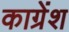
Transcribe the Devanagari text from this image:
काग्रेंश